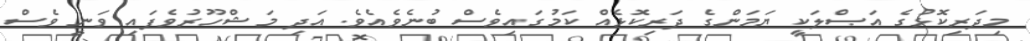
މިދަރިކޮޅުގެ އަޞްލަކީ ޔަމަންގެ ދަރިކޮޅެއް ކަމުގައިވެސް ބުނެވެއެވެ. އަދި މަޝްހޫރުވެފައި ވަނީ ވެސް